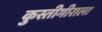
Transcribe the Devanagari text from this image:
कुस्तीगीराला